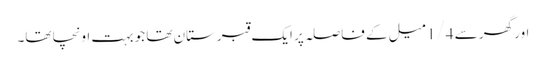
اور گھر سے 1/4 میل کے فاصلہ پر ایک قبرستان تھا جو بہت اونچا تھا۔